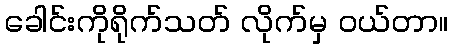
ခေါင်းကိုရိုက်သတ် လိုက်မှ ဝယ်တာ။